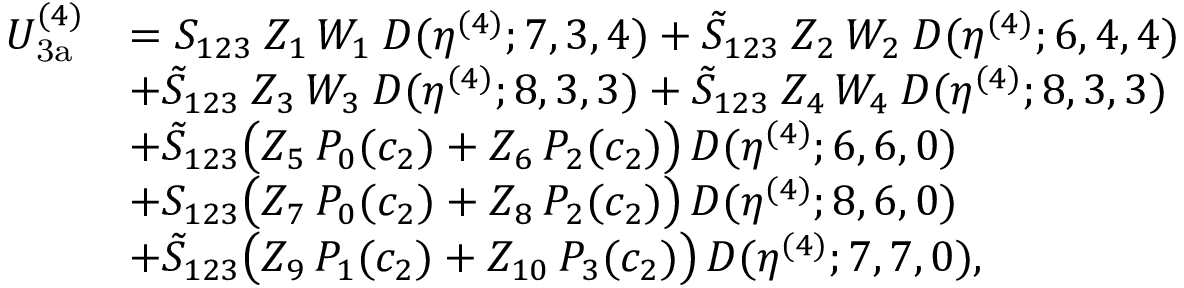
\begin{array} { r l } { U _ { \mathrm { 3 a } } ^ { ( 4 ) } } & { = S _ { 1 2 3 } \: Z _ { 1 } \, W _ { 1 } \: D ( \eta ^ { ( 4 ) } ; 7 , 3 , 4 ) + \tilde { S } _ { 1 2 3 } \: Z _ { 2 } \, W _ { 2 } \: D ( \eta ^ { ( 4 ) } ; 6 , 4 , 4 ) } \\ & { + \tilde { S } _ { 1 2 3 } \: Z _ { 3 } \, W _ { 3 } \: D ( \eta ^ { ( 4 ) } ; 8 , 3 , 3 ) + \tilde { S } _ { 1 2 3 } \: Z _ { 4 } \, W _ { 4 } \: D ( \eta ^ { ( 4 ) } ; 8 , 3 , 3 ) } \\ & { + \tilde { S } _ { 1 2 3 } \big ( Z _ { 5 } \, P _ { 0 } ( c _ { 2 } ) + Z _ { 6 } \, P _ { 2 } ( c _ { 2 } ) \big ) \, D ( \eta ^ { ( 4 ) } ; 6 , 6 , 0 ) } \\ & { + S _ { 1 2 3 } \big ( Z _ { 7 } \, P _ { 0 } ( c _ { 2 } ) + Z _ { 8 } \, P _ { 2 } ( c _ { 2 } ) \big ) \, D ( \eta ^ { ( 4 ) } ; 8 , 6 , 0 ) } \\ & { + \tilde { S } _ { 1 2 3 } \big ( Z _ { 9 } \, P _ { 1 } ( c _ { 2 } ) + Z _ { 1 0 } \, P _ { 3 } ( c _ { 2 } ) \big ) \, D ( \eta ^ { ( 4 ) } ; 7 , 7 , 0 ) , } \end{array}